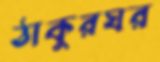
ঠাকুরঘর